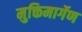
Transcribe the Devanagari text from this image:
मुक्तिमार्गेण